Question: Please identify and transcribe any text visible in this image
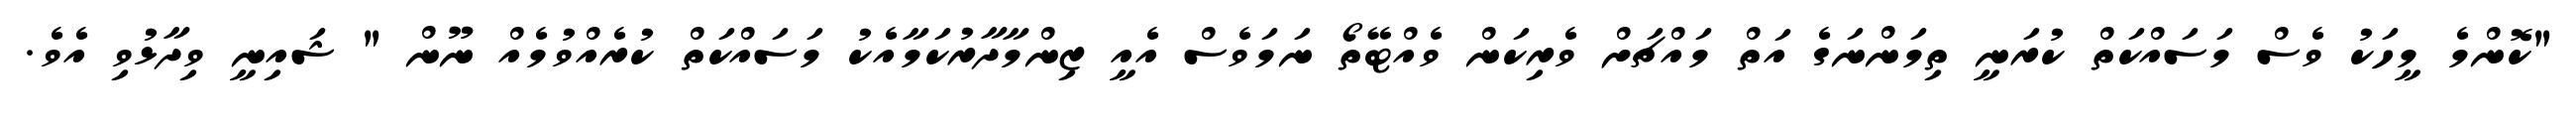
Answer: "ކޮންމެ މީހަކު ވެސް މަސައްކަތް ކުރަނީ ތިމަންނަގެ އަތް މައްޗަށް ވެރިކަން ވެއްޓޭތޯ ނަމަވެސް އެއީ ޒިންމާދާރުކަމާއެކު މަސައްކަތް ކުރެއްވުމެއް ނޫން " ޝައިނީ ވިދާޅުވި އެވެ.